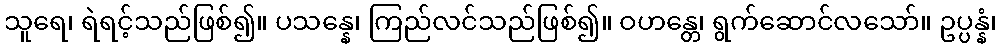
သူရေ၊ ရဲရင့်သည်ဖြစ်၍။ ပသန္နေ၊ ကြည်လင်သည်ဖြစ်၍။ ဝဟန္တေ၊ ရွက်ဆောင်လသော်။ ဥပ္ပန္နံ၊